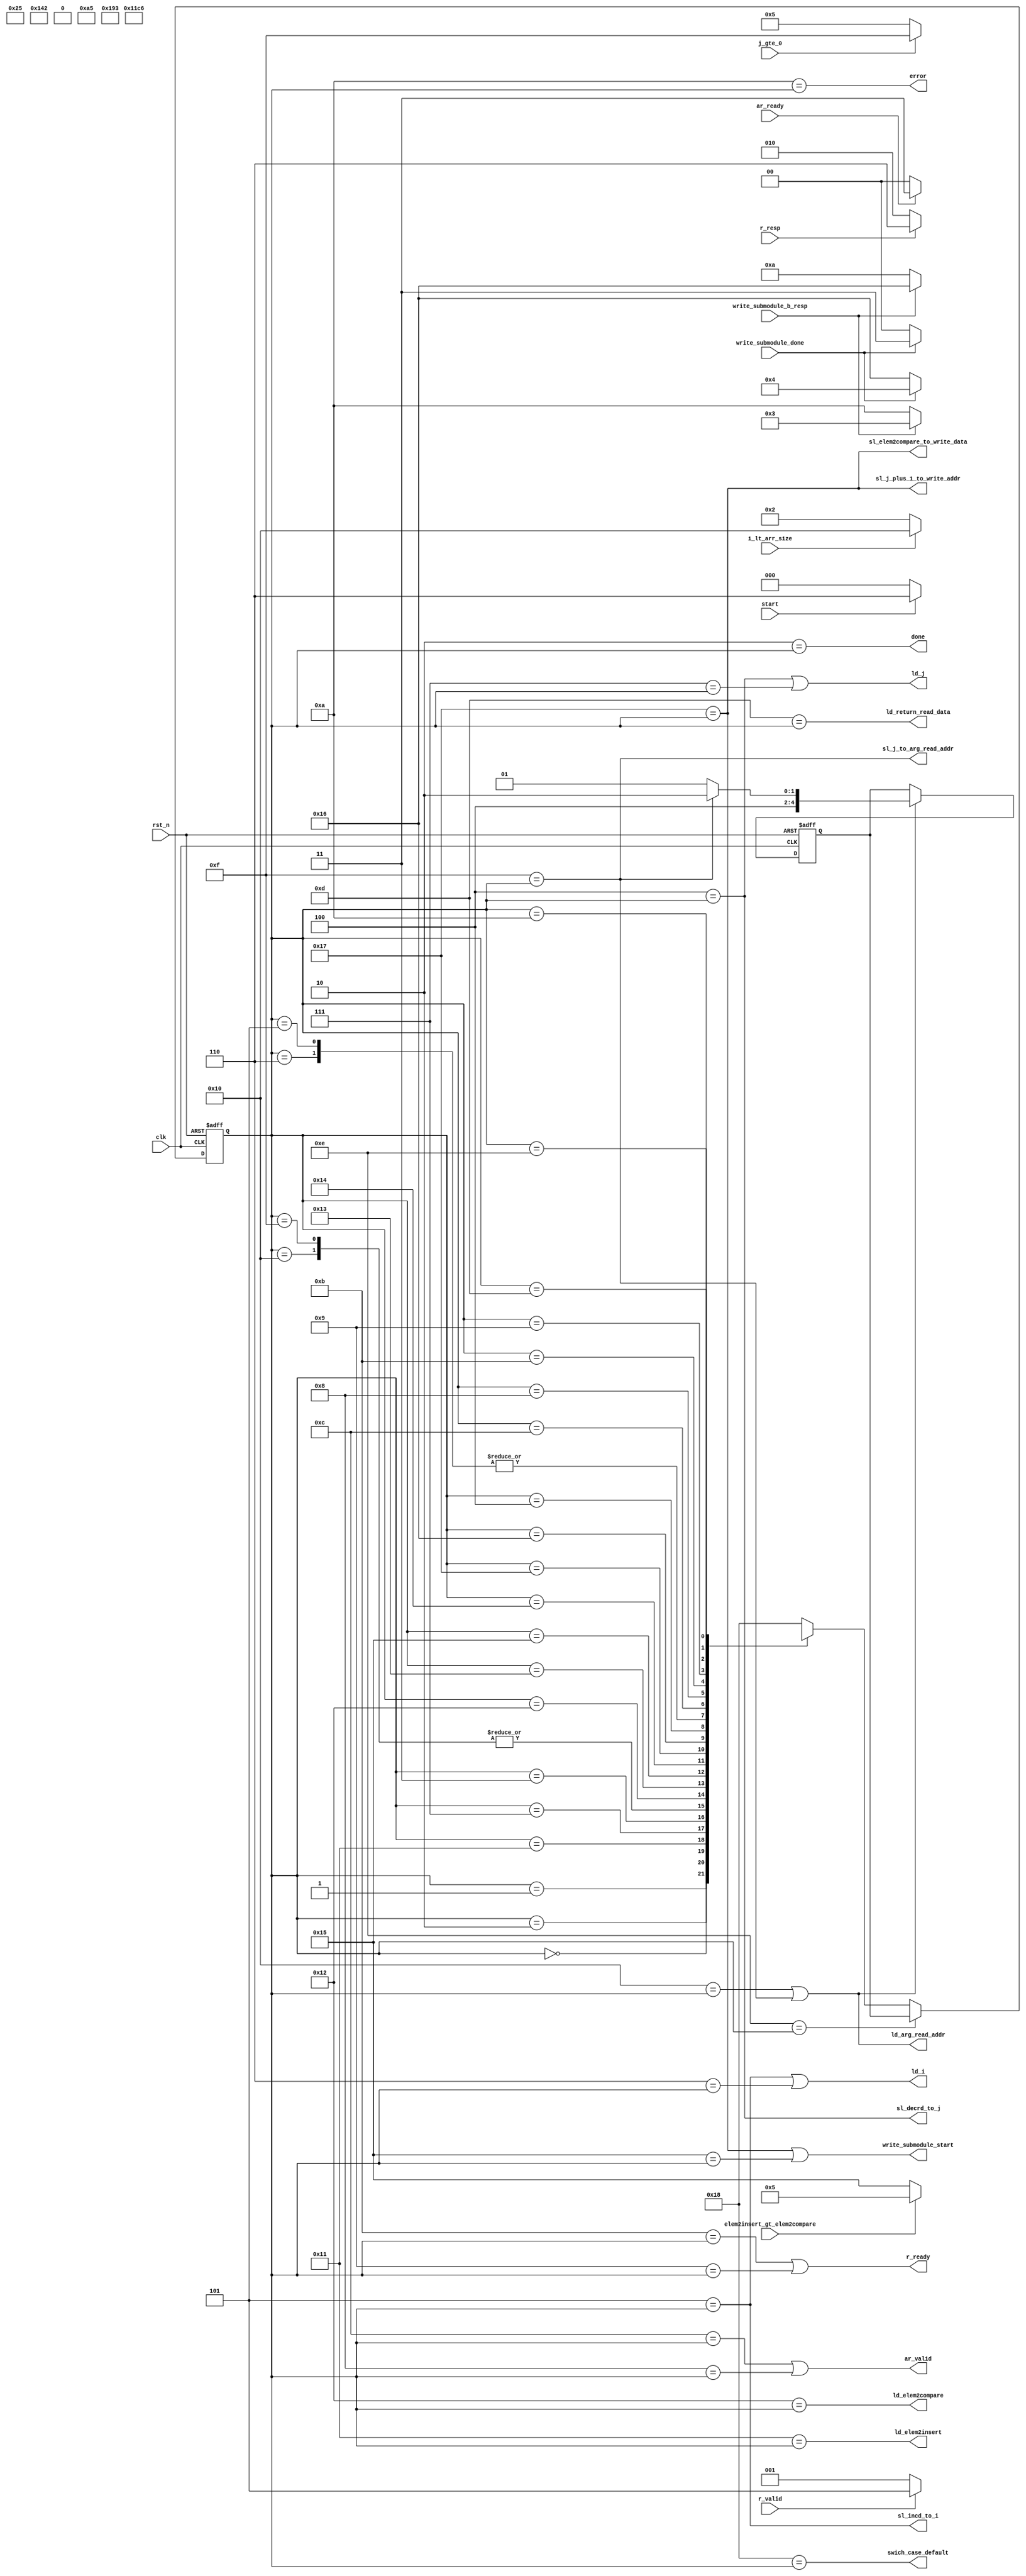
`ifndef CONTROLLER_DEFINED
`define CONTROLLER_DEFINED


module controller #(
    parameter ADDR_WDTH = 4,
    parameter DATA_WDTH = 32,
    parameter RESP_WDTH = 1)

(
 	input clk,
	input rst_n,
	// user interface
 	input start,
	output done,
 	output error,

	// memory interface
 	output ar_valid,
 	input ar_ready,

 	input r_valid,
 	input [RESP_WDTH-1:0] r_resp,
 	output r_ready,

	// to write submodule
 	input write_submodule_done,
 	input [RESP_WDTH-1:0] write_submodule_b_resp,
 	output write_submodule_start,

	// datapath interface
 	input elem2insert_gt_elem2compare,
 	input j_gte_0,
 	input i_lt_arr_size,

	output ld_return_read_data,
 	output sl_j_plus_1_to_write_addr,
 	output sl_elem2compare_to_write_data,
 	output sl_incd_to_i,
 	output ld_i,
 	output sl_decrd_to_j,
 	output ld_j,
 	output ld_elem2insert,
 	output ld_elem2compare,
 	output sl_j_to_arg_read_addr,
 	output ld_arg_read_addr,
 	
    output swich_case_default
);

localparam CONTROLLER_STATE_WDTH  = 'd5;


localparam WAIT_START = 'd0;
localparam OUTER_LOOP_CHECK = 'd1;
localparam DONE = 'd2;
localparam INNER_LOOP_CHECK = 'd3;
localparam DECRMT_J = 'd4;
localparam INC_I = 'd5;
localparam ASSIGN_I = 'd6;
localparam ASSIGN_J = 'd7;
localparam WAIT_AR_READY = 'd8;
localparam WAIT_R_VALID = 'd9;
localparam ERR = 'd10;
localparam COMPLETE_AR = 'd11;
localparam READ_FUNCTION = 'd12;
localparam PROCESS_R_DATA_RESP = 'd13;
localparam RETURN_READ_FN = 'd14;
localparam READ_ARR_J = 'd15;
localparam READ_ARR_I = 'd16;
localparam ASSIGN_ELEM2INSERT = 'd17;
localparam ASSIGN_ELEM2COMPARE = 'd18;
localparam CHECK_IF_CORRECT_PLACE = 'd19;
localparam WAIT_SUBMODULE_RETURN1 = 'd20;
localparam SHIFT_ELEM2INSERT_LEFT = 'd21;
localparam WAIT_SUBMODULE_RETURN2 = 'd22;
localparam SHIFT_ELEM2COMPARE_RIGHT = 'd23;
localparam SWICH_CASE_DEFAULT = 'd24;


wire sl_to_arg_return_state;
wire ld_arg_return_state;
reg [CONTROLLER_STATE_WDTH-1:0] arg_return_state, next_return_state;

wire sl_to_state;
reg [CONTROLLER_STATE_WDTH-1:0] current_state = WAIT_START;
reg [CONTROLLER_STATE_WDTH-1:0] gen_state;
wire [CONTROLLER_STATE_WDTH-1:0] next_state;

wire is_cs_wait_start,
	is_cs_outer_loop_check,
	is_cs_done,
	is_cs_inner_loop_check,
	is_cs_decrmt_j,
	is_cs_inc_i,
	is_cs_assign_i,
	is_cs_assign_j,
	is_cs_wait_ar_ready,
	is_cs_wait_r_valid,
	is_cs_err,
	is_cs_complete_ar,
	is_cs_read_function,
	is_cs_process_r_data_resp,
	is_cs_return_read_fn,
	is_cs_read_arr_j,
	is_cs_read_arr_i,
	is_cs_assign_elem2insert,
	is_cs_assign_elem2compare,
	is_cs_check_if_correct_place,
	is_cs_wait_submodule_return1,
	is_cs_shift_elem2insert_left,
	is_cs_wait_submodule_return2,
	is_cs_shift_elem2compare_right,
	is_cs_swich_case_default;

// decode the state to generate outputs easily.
assign is_cs_wait_start
 = WAIT_START == current_state;
assign is_cs_outer_loop_check
 = OUTER_LOOP_CHECK == current_state;
assign is_cs_done
 = DONE == current_state;
assign is_cs_inner_loop_check
 = INNER_LOOP_CHECK == current_state;
assign is_cs_decrmt_j
 = DECRMT_J == current_state;
assign is_cs_inc_i
 = INC_I == current_state;
assign is_cs_assign_i
 = ASSIGN_I == current_state;
assign is_cs_assign_j
 = ASSIGN_J == current_state;
assign is_cs_wait_ar_ready
 = WAIT_AR_READY == current_state;
assign is_cs_wait_r_valid
 = WAIT_R_VALID == current_state;
assign is_cs_err
 = ERR == current_state;
assign is_cs_complete_ar
 = COMPLETE_AR == current_state;
assign is_cs_read_function
 = READ_FUNCTION == current_state;
assign is_cs_process_r_data_resp
 = PROCESS_R_DATA_RESP == current_state;
assign is_cs_return_read_fn
 = RETURN_READ_FN == current_state;
assign is_cs_read_arr_j
 = READ_ARR_J == current_state;
assign is_cs_read_arr_i
 = READ_ARR_I == current_state;
assign is_cs_assign_elem2insert
 = ASSIGN_ELEM2INSERT == current_state;
assign is_cs_assign_elem2compare
 = ASSIGN_ELEM2COMPARE == current_state;
assign is_cs_check_if_correct_place
 = CHECK_IF_CORRECT_PLACE == current_state;
assign is_cs_wait_submodule_return1
 = WAIT_SUBMODULE_RETURN1 == current_state;
assign is_cs_shift_elem2insert_left
 = SHIFT_ELEM2INSERT_LEFT == current_state;
assign is_cs_wait_submodule_return2
 = WAIT_SUBMODULE_RETURN2 == current_state;
assign is_cs_shift_elem2compare_right
 = SHIFT_ELEM2COMPARE_RIGHT == current_state;
assign is_cs_swich_case_default
 = SWICH_CASE_DEFAULT == current_state;


// output logic
assign ld_return_read_data = is_cs_process_r_data_resp;
assign sl_j_plus_1_to_write_addr = is_cs_shift_elem2compare_right;
assign sl_elem2compare_to_write_data = is_cs_shift_elem2compare_right;
assign sl_incd_to_i = is_cs_inc_i;
assign ld_i = is_cs_inc_i | is_cs_assign_i;
assign sl_decrd_to_j = is_cs_decrmt_j;
assign ld_j = is_cs_decrmt_j | is_cs_assign_j;
assign ld_elem2insert = is_cs_assign_elem2insert;
assign ld_elem2compare = is_cs_assign_elem2compare;
assign sl_j_to_arg_read_addr = is_cs_read_arr_j;
assign ld_arg_read_addr = is_cs_read_arr_i | is_cs_read_arr_j;
assign write_submodule_start 
    = is_cs_shift_elem2compare_right | is_cs_shift_elem2insert_left;
assign r_ready = is_cs_complete_ar | is_cs_wait_r_valid;
assign ar_valid = is_cs_read_function | is_cs_wait_ar_ready;
assign done = is_cs_done;
assign error = is_cs_err;

assign swich_case_default = is_cs_swich_case_default;

// internal control logic
assign sl_to_arg_return_state = is_cs_read_arr_j;
assign ld_arg_return_state = is_cs_read_arr_i | is_cs_read_arr_j;
assign sl_to_state = is_cs_return_read_fn;

assign next_state = sl_to_state ? arg_return_state : gen_state;


// state transition and synchron blocks
always@ (posedge clk or negedge rst_n) begin
    if (!rst_n) begin
        current_state <= WAIT_START;
        arg_return_state <= 'd0;
    end else begin
        current_state <= next_state;
        if (ld_arg_return_state) 
            arg_return_state <= sl_to_arg_return_state ? 
                ASSIGN_ELEM2COMPARE : ASSIGN_ELEM2INSERT;
    end
end


// next state generation
always@ ( * ) begin
    case (current_state)
        WAIT_START: 
            gen_state <= start ? ASSIGN_I : WAIT_START;

        ASSIGN_I:
            gen_state <= OUTER_LOOP_CHECK;
        
        OUTER_LOOP_CHECK: 
            gen_state <= i_lt_arr_size ? READ_ARR_I : DONE;
        
        DONE:
            gen_state <= DONE;
        
        READ_ARR_I:
            gen_state <= READ_FUNCTION; 
        
        ASSIGN_ELEM2INSERT: 
            gen_state <= ASSIGN_J;
        
        ASSIGN_J:
            gen_state <= INNER_LOOP_CHECK;

        INNER_LOOP_CHECK:
            gen_state <= j_gte_0 ? READ_ARR_J : INC_I;
        
        READ_ARR_J:
            gen_state <= READ_FUNCTION; 
        
        ASSIGN_ELEM2COMPARE: 
            gen_state <= CHECK_IF_CORRECT_PLACE;

        CHECK_IF_CORRECT_PLACE: 
            gen_state <= elem2insert_gt_elem2compare ? 
                INC_I : SHIFT_ELEM2INSERT_LEFT;

        SHIFT_ELEM2INSERT_LEFT:
            gen_state <= WAIT_SUBMODULE_RETURN1;

        WAIT_SUBMODULE_RETURN1: 
            gen_state <= write_submodule_done ? 
                SHIFT_ELEM2COMPARE_RIGHT : WAIT_SUBMODULE_RETURN1;
        
        SHIFT_ELEM2COMPARE_RIGHT:
            gen_state <= write_submodule_b_resp ?
                WAIT_SUBMODULE_RETURN2 : ERR;
        
        WAIT_SUBMODULE_RETURN2: 
            gen_state <= write_submodule_done ? 
                DECRMT_J : WAIT_SUBMODULE_RETURN2;

        DECRMT_J:
            gen_state <= write_submodule_b_resp ? 
                INNER_LOOP_CHECK : ERR;
        
        INC_I: 
            gen_state <= OUTER_LOOP_CHECK;

        READ_FUNCTION: 
            gen_state <= WAIT_AR_READY;

        WAIT_AR_READY: 
            gen_state <= ar_ready ? 
                COMPLETE_AR : WAIT_AR_READY;

        COMPLETE_AR: 
            gen_state <= WAIT_R_VALID;
        
        WAIT_R_VALID: 
            gen_state <= r_valid ? 
                PROCESS_R_DATA_RESP : WAIT_R_VALID;

        PROCESS_R_DATA_RESP:
            gen_state <= r_resp ? 
                RETURN_READ_FN : ERR;
        
        ERR: 
            gen_state <= ERR;
        
        RETURN_READ_FN: 
            gen_state <= 'dx;

        default:
            gen_state <= SWICH_CASE_DEFAULT;
    endcase
end

endmodule

`endif